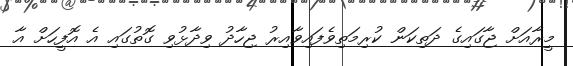
މީރާއަށް ޖާގައިގެ ދަތިކަން ކުރިމަތިވެފައިވާއިރު ޖިހާދު ވިދާޅުވި ގޮތުގައި އެ އޮފީހަށް އާ